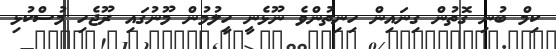
ކިމް ބުނި ގޮތުން ގިނައިން ހިނިތުންވެ ނޫޅެނީ ހީލުމުން މޫނުގައި ރޫޖެހި މުސްކުޅި